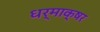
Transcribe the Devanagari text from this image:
धर्माक्षर